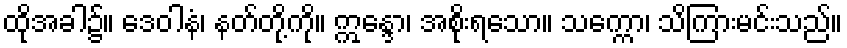
ထိုအခါ၌။ ဒေဝါနံ၊ နတ်တို့ကို။ ဣန္ဒော၊ အစိုးရသော။ သက္ကော၊ သိကြားမင်းသည်။